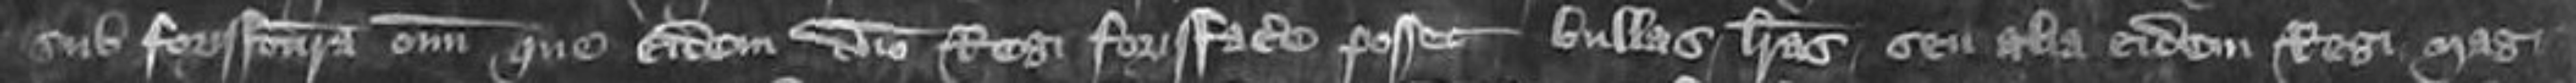
sub forisfactura omnium que eidem domino Regi forisfacere posset bullas literas seu alia eidem Regi mag